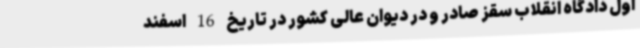
اول دادگاه انقلاب سقز صادر و در دیوان عالی کشور در تاریخ 16 اسفند